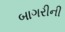
બાગરીની